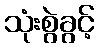
သုံးစွဲခွင့်